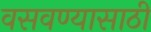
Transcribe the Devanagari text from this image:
वसवण्यासाठी